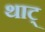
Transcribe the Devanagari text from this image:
थाट्